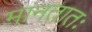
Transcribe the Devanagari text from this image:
मानतातः